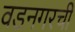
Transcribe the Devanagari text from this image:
वडनगरची